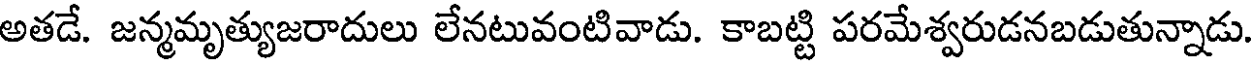
అతడే. జన్మమృత్యుజరాదులు లేనటువంటివాడు. కాబట్టి పరమేశ్వరుడనబడుతున్నాడు